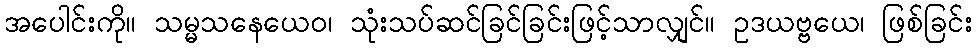
အပေါင်းကို။ သမ္မသနေယေဝ၊ သုံးသပ်ဆင်ခြင်ခြင်းဖြင့်သာလျှင်။ ဥဒယဗ္ဗယေ၊ ဖြစ်ခြင်း